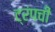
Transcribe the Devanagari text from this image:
ट्रंपची